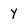
Character: Y